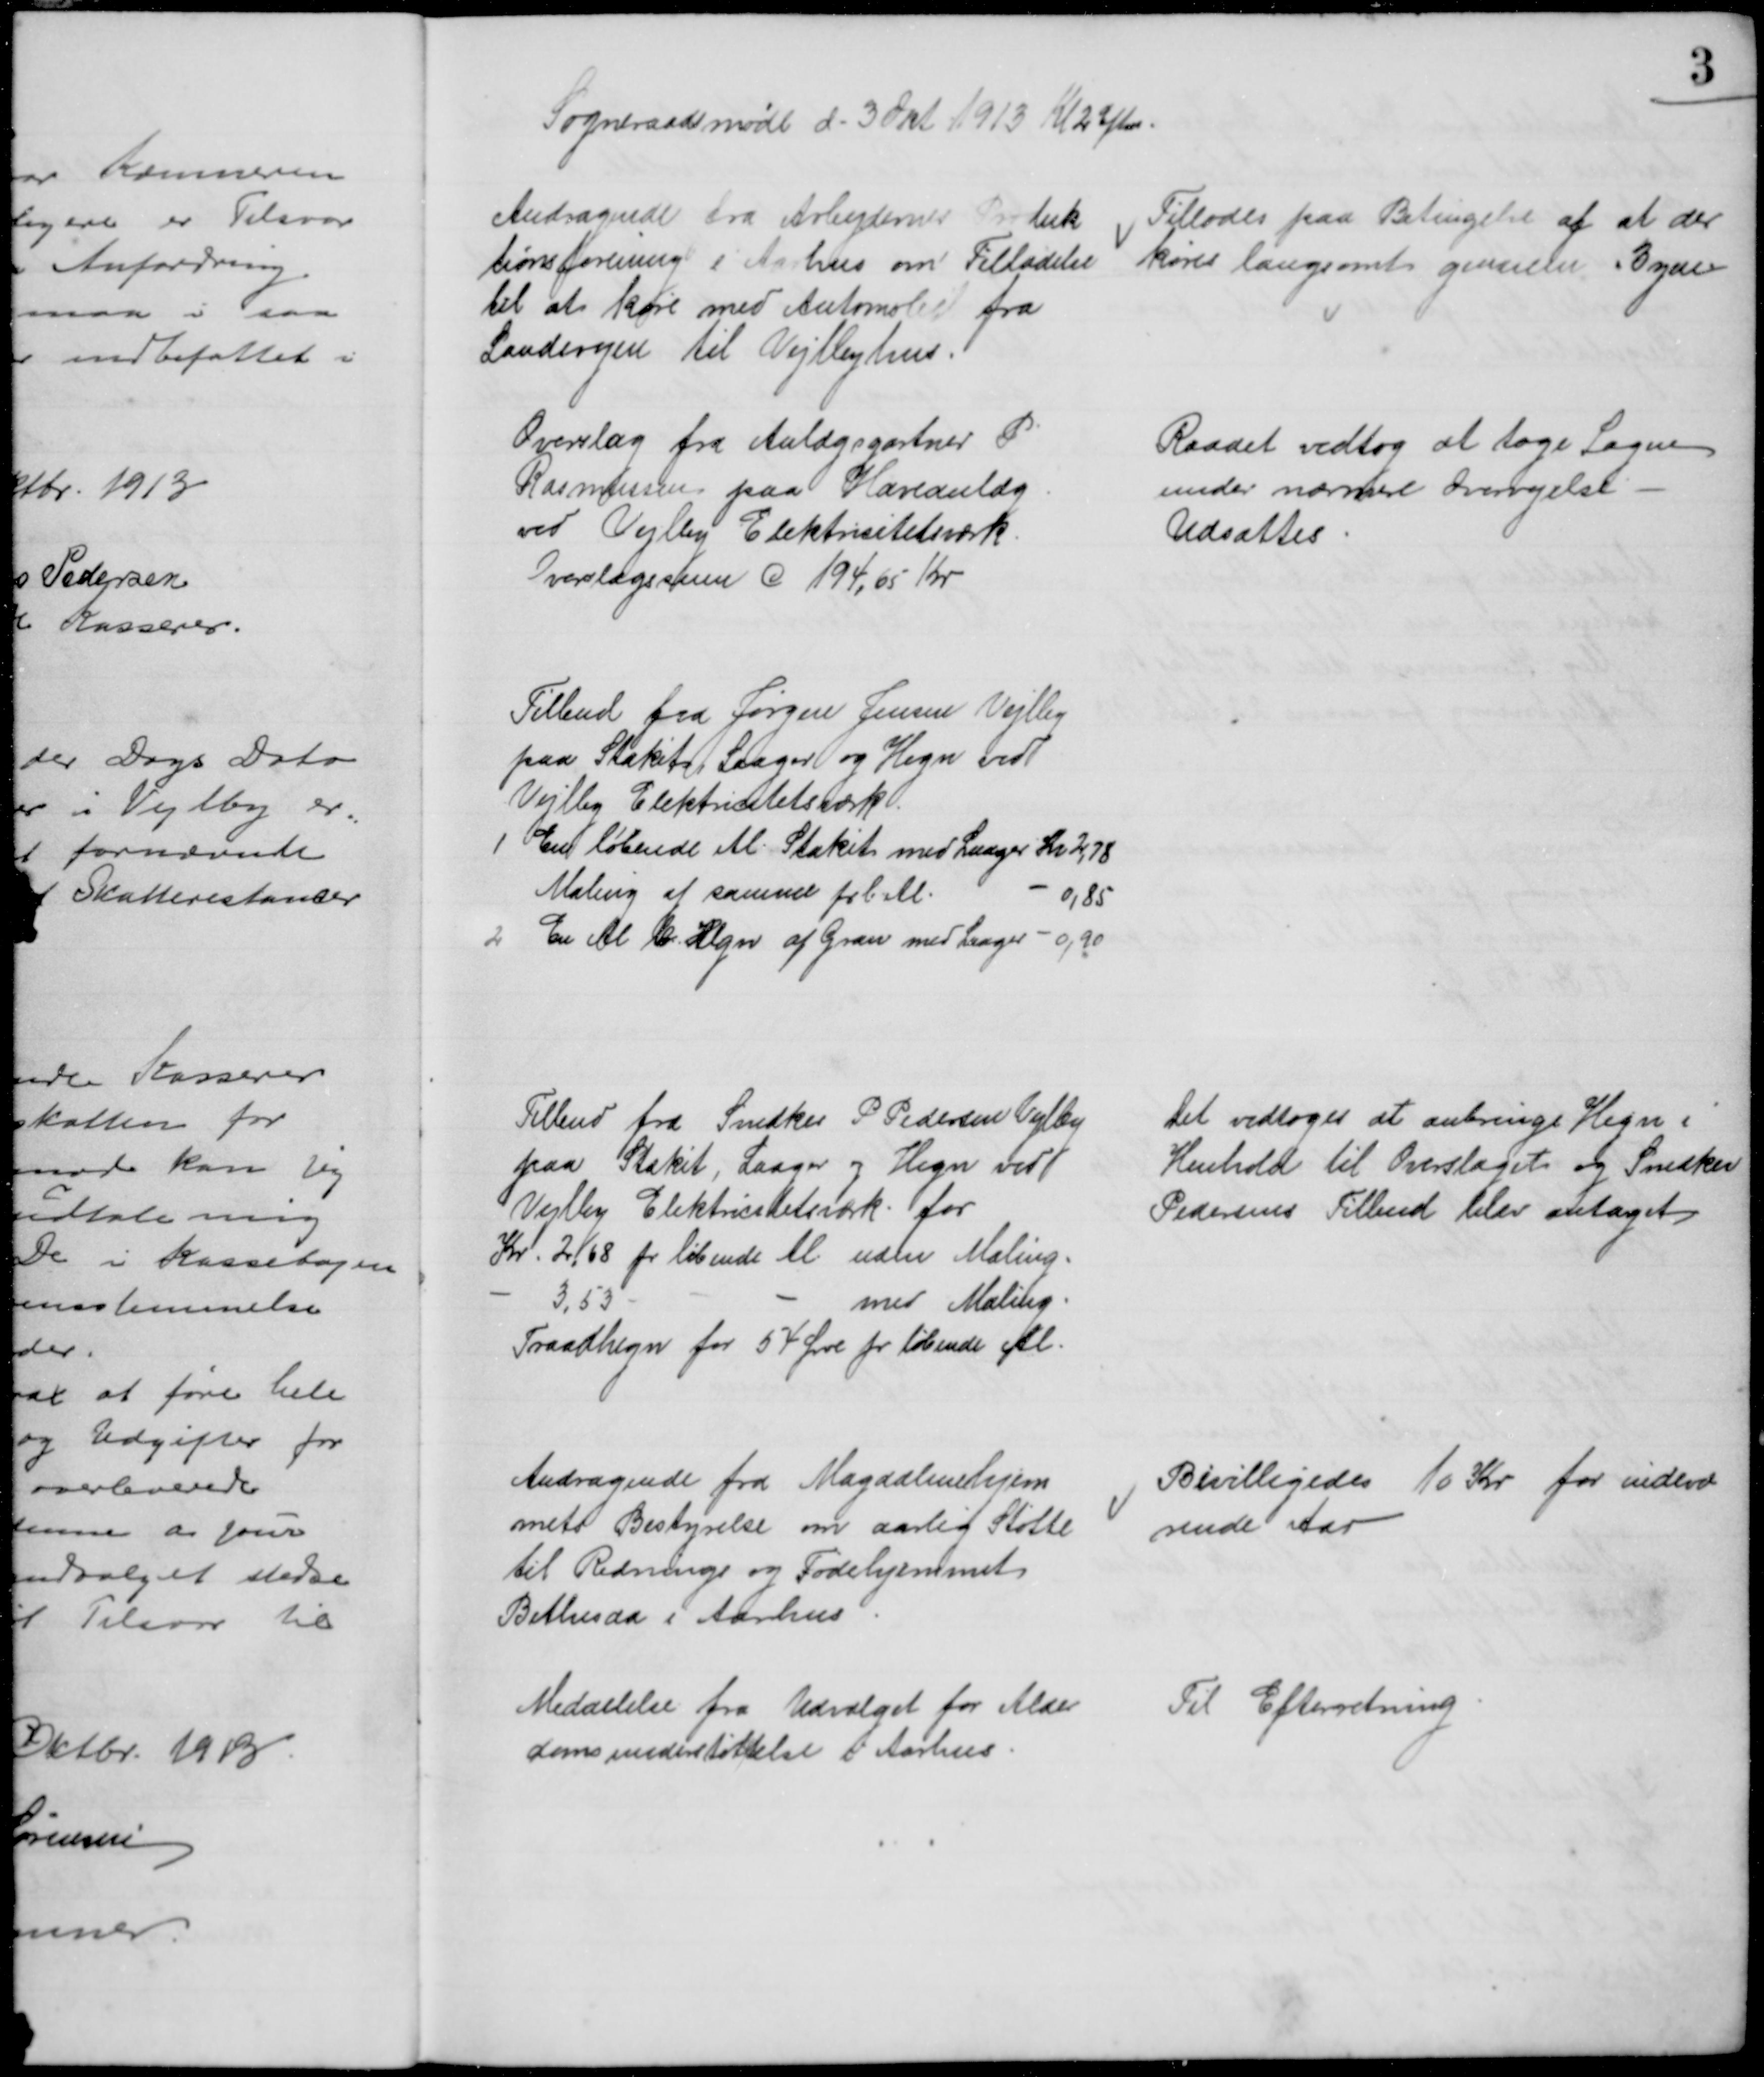
Transskription:
Sogneraadsmøde d. 3 Okt. 1913 Kl 2 Eftm.
Andragende fra Arbejdernes Produk
tionsforening i Aarhus om Tilladelse 
til at køre med Automobil fra
Landevejen til Vejlbyhus.
Tillodes paa Betingelse af at der
køres langsomt gennem Byen
Overslag fra Anlægsgartner P.
Rasmussen paa Haveanlæg
ved Vejlby Elektricitetsværk.
Overslagssum C 194,65 Kr
Raadet vedtog at tage Sagen
under nærmere Overvejelse
Udsattes
Tilbud fra Jørgen Jensen Vejlby
paa Stakit, Laager og Hegn ved
Vejlby Elektricitetsværk
1. En løbende Al. Stakit med Laager Kr 2,78
Maling af samme pr l. Al.
0,85
2. En Al  Hegn af Gran med Laager - 0,90
Tilbud fra Snedker P. Pedersen Vejlby
paa Stakit, Laager og Hegn ved
Vejlby Elektricitetsværk for
Kr. 2,68 pr løbende Al. uden Maling.
3,53
med Maling
Traadhegn for 54 Øre pr løbende Al.
Det vedtoges at anbringe Hegn i
Henhold til Overslaget og Snedker
Pedersens Tilbud blev antaget
Andragende fra Magdalenehjem
mets Bestyrelse om aarlig Støtte
til Rednings og Fødehjemmet
Bethesda i Aarhus
Bevilligedes 10 Kr for indevæ
rende Aar
Meddelelse fra Udvalget for Alder
domsunderstøttelse i Aarhus.
Til Efterretning